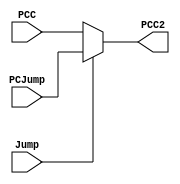
`timescale 1ns / 1ps
//////////////////////////////////////////////////////////////////////////////////
// Company: 
// Engineer: 
// 
// Design Name: 
// Module Name: jumpmux
// Project Name: 
// Target Devices: 
// Tool Versions: 
// Description: 
// 
// Dependencies: 
// 
// Revision:
// Revision 0.01 - File Created
// Additional Comments:
// 
//////////////////////////////////////////////////////////////////////////////////


module jumpmux(Jump, PCJump, PCC, PCC2);
input Jump;
input [31:0] PCJump, PCC;
output reg [31:0] PCC2;
always@(*) begin
if(Jump == 1'b1)
  PCC2 <= PCJump;
else
    PCC2 <= PCC;
end
endmodule